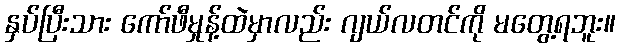
နှပ်ပြီးသား ကော်ဖီမှုန့်ထဲမှာလည်း ဂျယ်လတင်ကို မတွေ့ရဘူး။